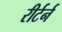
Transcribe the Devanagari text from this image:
रीर्टर्न